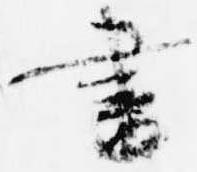
書